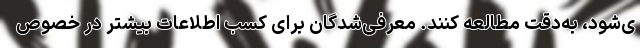
ی‌شود، به‌دقت مطالعه کنند. معرفی‌شدگان برای کسب اطلاعات بیشتر در خصوص